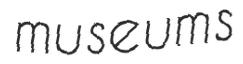
museums